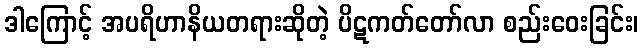
ဒါကြောင့် အပရိဟာနိယတရားဆိုတဲ့ ပိဋကတ်တော်လာ စည်းဝေးခြင်း၊